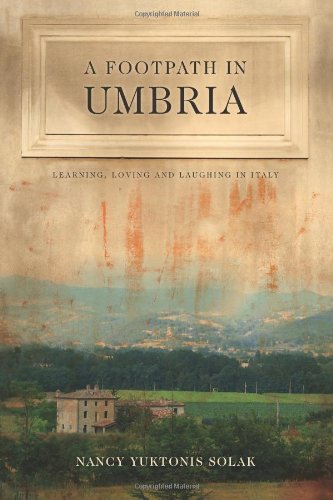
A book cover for A Footpath in Umbria: Learning, Loving & Laughing in Italy; Nancy Yuktonis Solak; Travel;